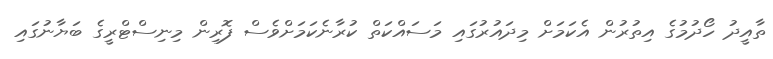
ތާއީދު ހޯދުމުގެ އިތުރުން އެކަމަށް މިދައުރުގައި މަސައްކަތް ކުރާނެކަމަށްވެސް ފޮރިން މިނިސްޓްރީގެ ބަޔާނުގައި